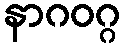
နာဂဝဂ္ဂ